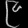
Digit: ၉